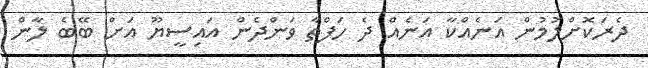
ދެރަކޮށްލުމުން އަނެއްކާ އަނެއް ދެ ހަފްތާ ވަންދެން އައިސީޔޫ އަށް ބޭބެ ލާން